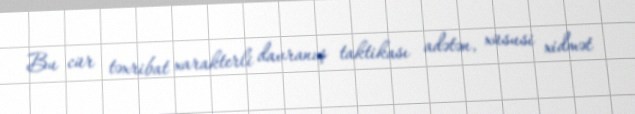
Bu cür təxribat xarakterli davranış taktikası adətən, xüsusi xidmət